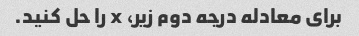
برای معادله درجه دوم زیر، x را حل کنید.